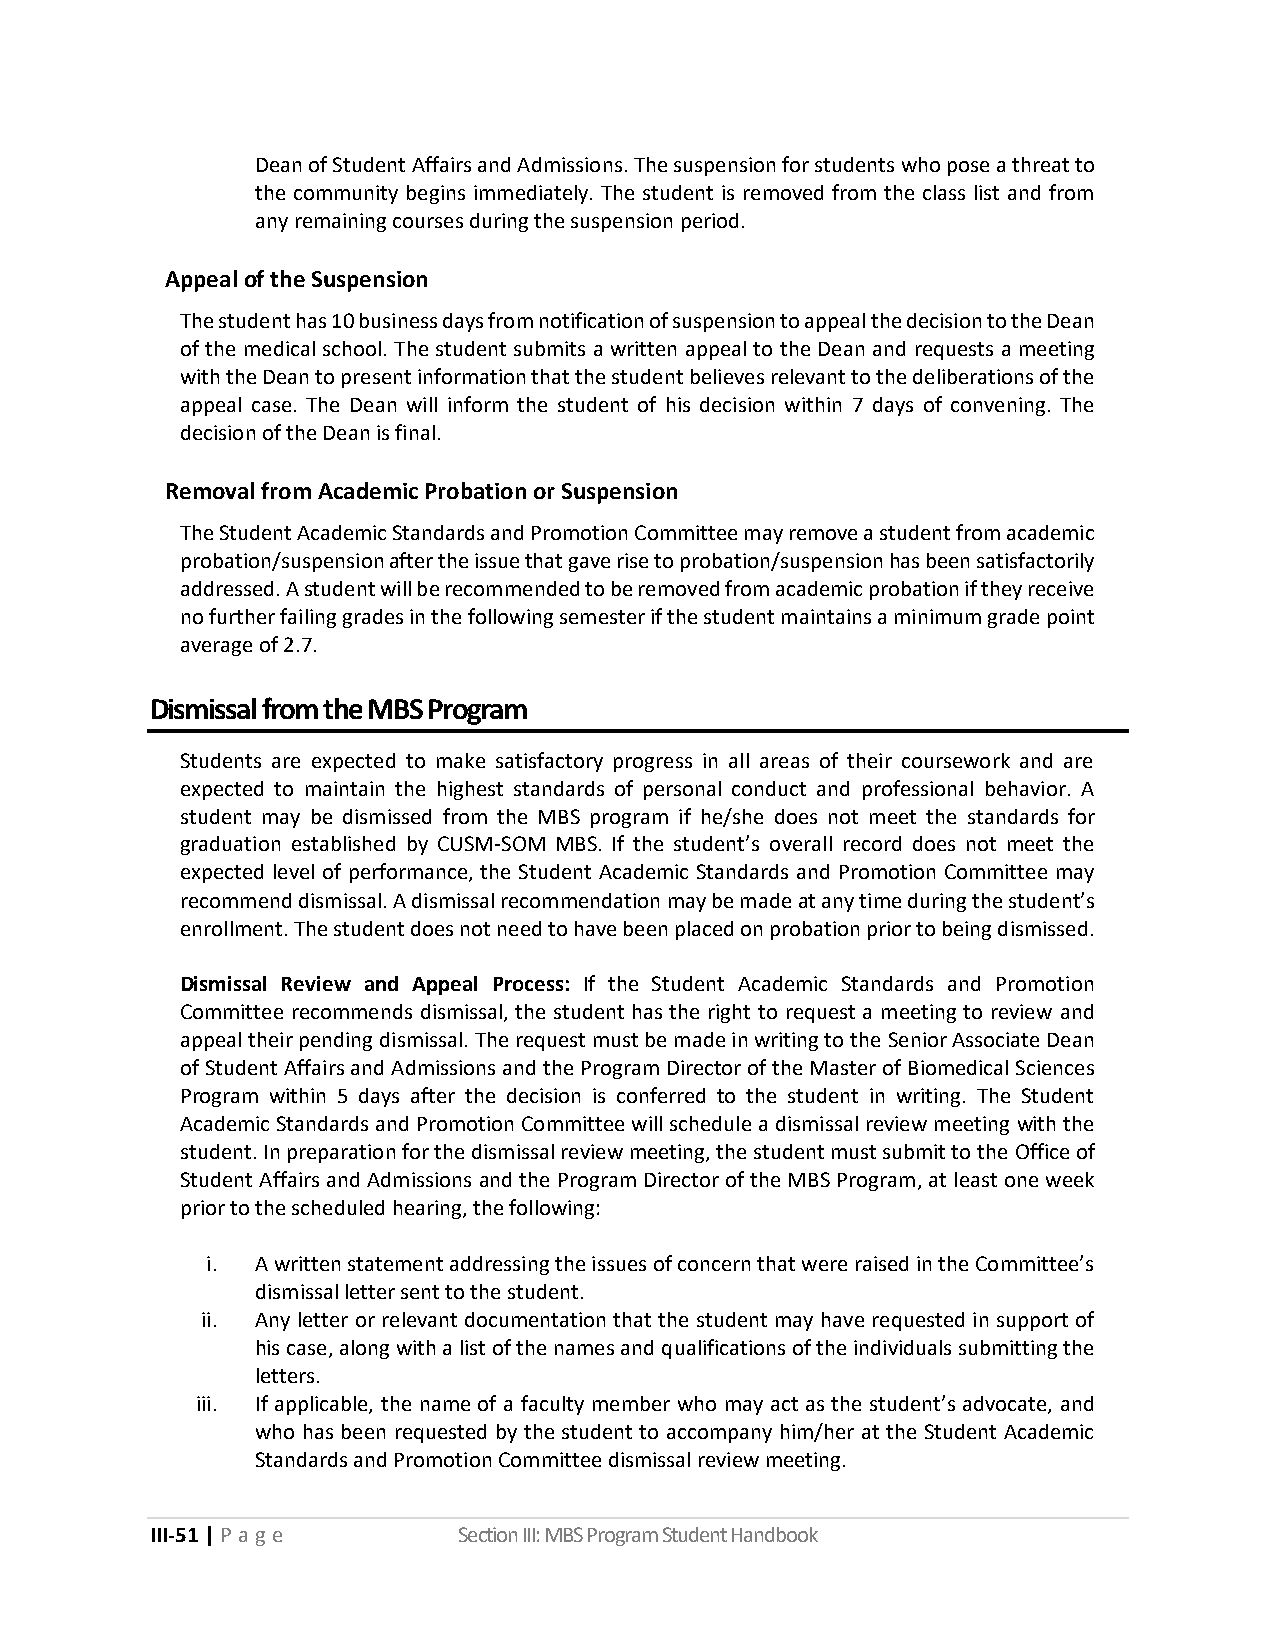
Dean of Student Affairs and Admissions. The suspension for students who pose a threat to
 the community begins immediately. The student is removed from the class list and from
 any remaining courses during the suspension period.
 Appeal of the Suspension
 The student has 10 business days from notification of suspension to appeal the decision to the Dean
 of the medical school. The student submits a written appeal to the Dean and requests a meeting
 with the Dean to present information that the student believes relevant to the deliberations of the
 appeal case. The Dean will inform the student of his decision within 7 days of convening. The
 decision of the Dean is final.
 Removal from Academic Probation or Suspension
 The Student Academic Standards and Promotion Committee may remove a student from academic
 probation/suspension after the issue that gave rise to probation/suspension has been satisfactorily
 addressed. A student will be recommended to be removed from academic probation if they receive
 no further failing grades in the following semester if the student maintains a minimum grade point
 average of 2.7.
 Dismissal from the MBS Program
 Students are expected to make satisfactory progress in all areas of their coursework and are
 expected to maintain the highest standards of personal conduct and professional behavior. A
 student may be dismissed from the MBS program if he/she does not meet the standards for
 graduation established by CUSM-SOM MBS. If the student’s overall record does not meet the
 expected level of performance, the Student Academic Standards and Promotion Committee may
 recommend dismissal. A dismissal recommendation may be made at any time during the student’s
 enrollment. The student does not need to have been placed on probation prior to being dismissed.
 Dismissal Review and Appeal Process: If the Student Academic Standards and Promotion
 Committee recommends dismissal, the student has the right to request a meeting to review and
 appeal their pending dismissal. The request must be made in writing to the Senior Associate Dean
 of Student Affairs and Admissions and the Program Director of the Master of Biomedical Sciences
 Program within 5 days after the decision is conferred to the student in writing. The Student
 Academic Standards and Promotion Committee will schedule a dismissal review meeting with the
 student. In preparation for the dismissal review meeting, the student must submit to the Office of
 Student Affairs and Admissions and the Program Director of the MBS Program, at least one week
 prior to the scheduled hearing, the following:
 i. A written statement addressing the issues of concern that were raised in the Committee’s
 dismissal letter sent to the student.
 ii. Any letter or relevant documentation that the student may have requested in support of
 his case, along with a list of the names and qualifications of the individuals submitting the
 letters.
 iii. If applicable, the name of a faculty member who may act as the student’s advocate, and
 who has been requested by the student to accompany him/her at the Student Academic
 Standards and Promotion Committee dismissal review meeting.
 III-51 | P a ge     Section III: MBS Program Student Handbook